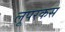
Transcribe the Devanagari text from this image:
लूपरकस